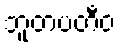
ဘူတပတီဝ